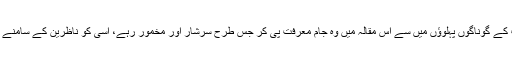
ان کی عبقریت کے گوناگوں پہلوؤں میں سے اس مقالہ میں وہ جام معرفت پی کر جس طرح سرشار اور مخمور رہے، اسی کو ناظرین کے سامنے پیش کرنا ہے۔